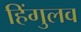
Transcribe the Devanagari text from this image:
हिंगुलव